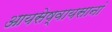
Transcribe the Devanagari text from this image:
आयसेष्वायसानां